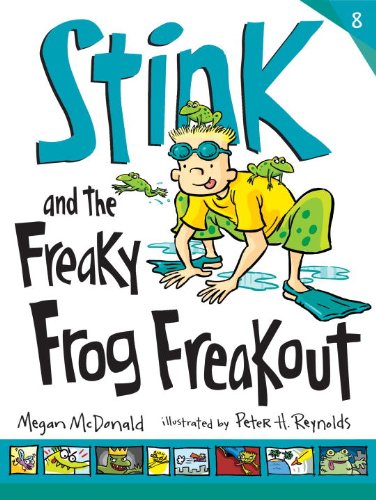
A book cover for Stink and the Freaky Frog Freakout; Megan McDonald; Children's Books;